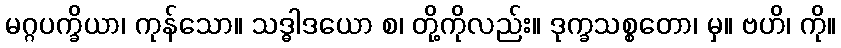
မဂ္ဂပက္ခိယာ၊ ကုန်သော။ သဒ္ဓါဒယော စ၊ တို့ကိုလည်း။ ဒုက္ခသစ္စတော၊ မှ။ ဗဟိ၊ ကို။